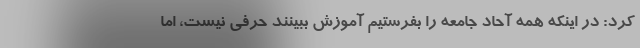
کرد: در اینکه همه آحاد جامعه را بفرستیم آموزش ببینند حرفی نیست، اما